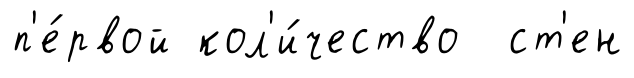
п'е́рвой кол'и́чество ст'ен